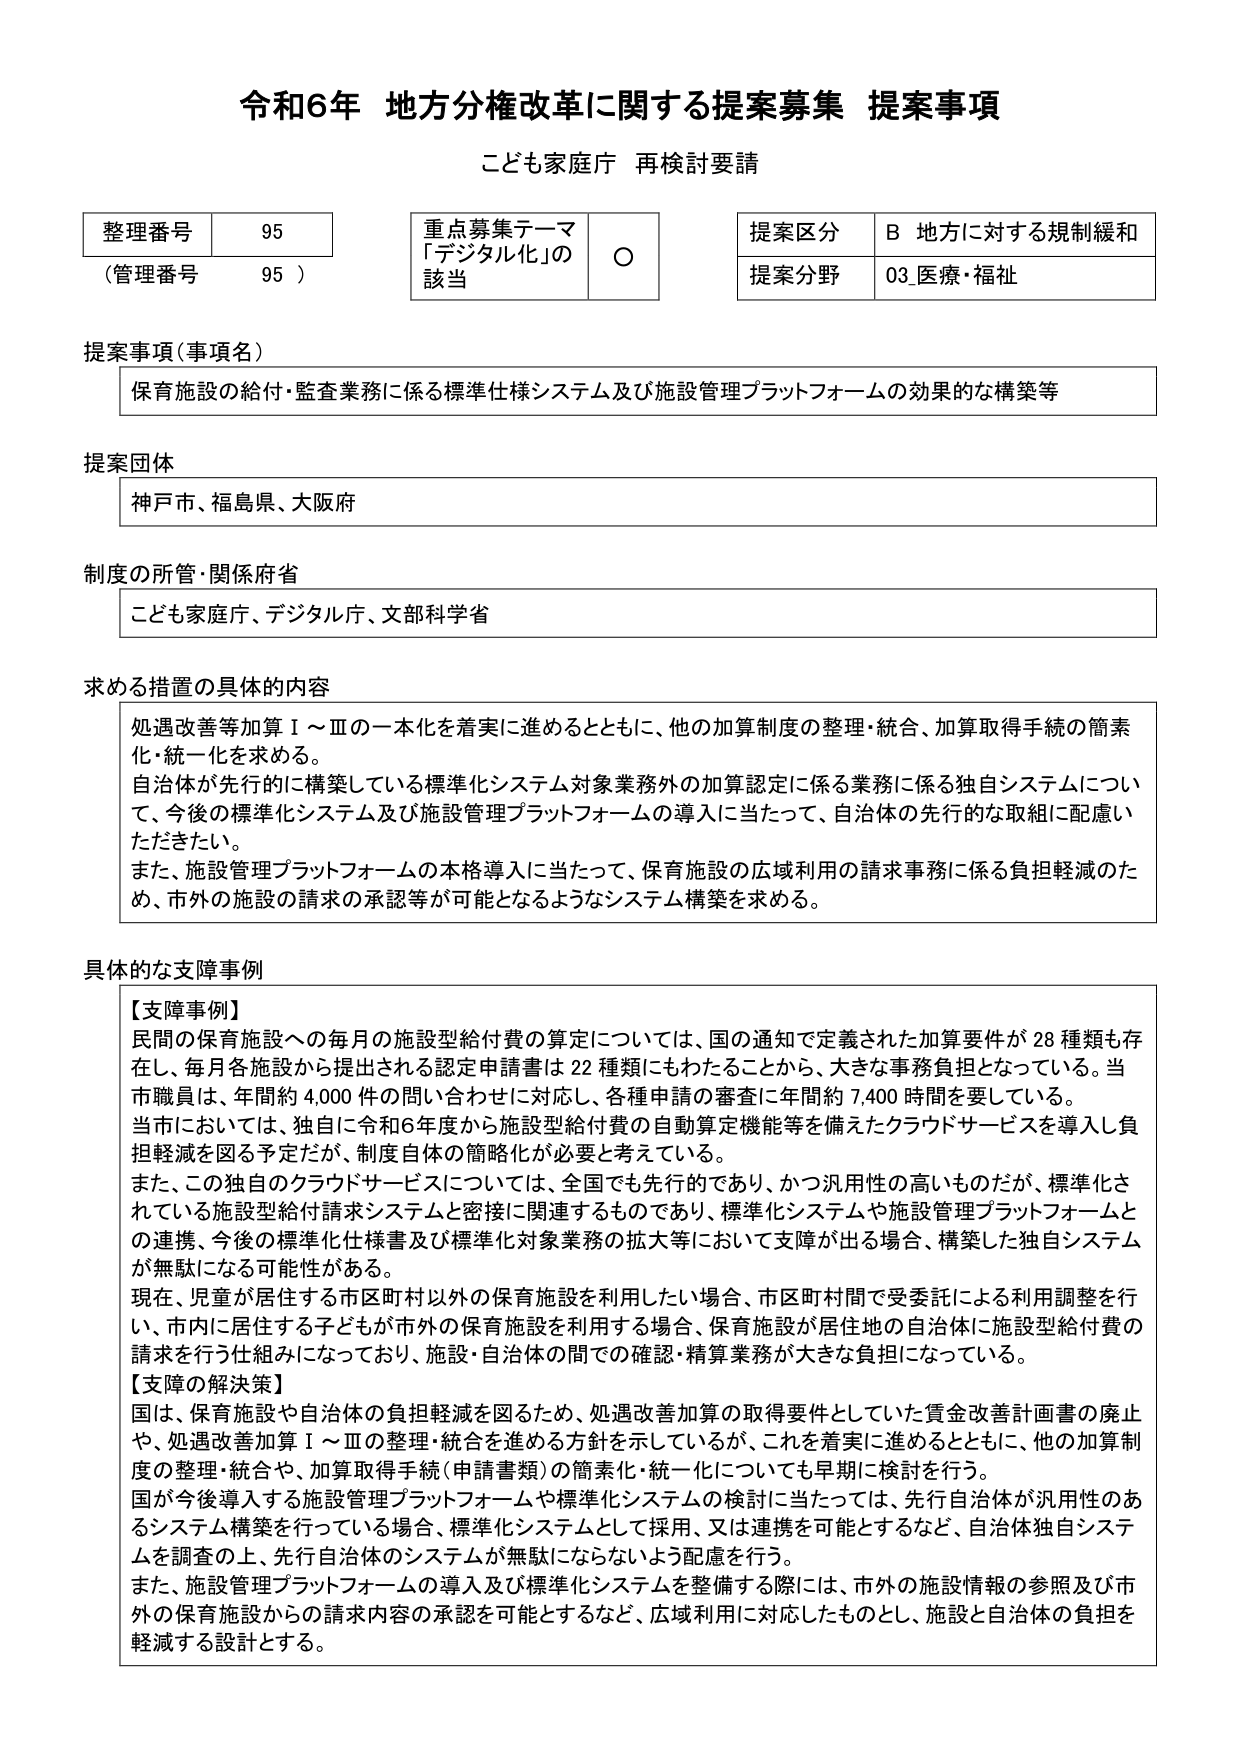
令和6年 地方分権改革に関する提案募集 提案事項
こども家庭庁 再検討要請

整理番号 95
（管理番号 95）

重点募集テーマ
「デジタル化」の
該当 ○

提案区分 B 地方に対する規制緩和
提案分野 03 医療・福祉

提案事項（事項名）
保育施設の給付・監査業務に係る標準仕様システム及び施設管理プラットフォームの効果的な構築等

提案団体
神戸市、福島県、大阪府

制度の所管・関係府省
こども家庭庁、デジタル庁、文部科学省

求める措置の具体的内容
処遇改善等加算Ⅰ～Ⅲの一本化を着実に進めるとともに、他の加算制度の整理・統合、加算取得手続の簡素化・統一化を求める。
自治体が先行的に構築している標準化システム対象業務外の加算認定に係る業務に係る独自システムについて、今後の標準化システム及び施設管理プラットフォームの導入に当たって、自治体の先行的な取組に配慮いただきたい。
また、施設管理プラットフォームの本格導入に当たって、保育施設の広域利用の請求事務に係る負担軽減のため、市外の施設の請求の承認等が可能となるようなシステム構築を求める。

具体的な支障事例
【支障事例】
民間の保育施設への毎月の施設型給付費の算定については、国の通知で定義された加算要件が28種類も存在し、毎月各施設から提出される認定申請書は22種類にもわたることから、大きな事務負担となっている。当市職員は、年間約4,000件の問い合わせに対応し、各種申請の審査に年間約7,400時間を要している。
当市においては、独自に令和6年度から施設型給付費の自動算定機能等を備えたクラウドサービスを導入し負担軽減を図る予定だが、制度自体の簡略化が必要と考えている。
また、この独自のクラウドサービスについては、全国でも先行的であり、かつ汎用性の高いものだが、標準化されている施設型給付請求システムと密接に関連するものであり、標準化システムや施設管理プラットフォームとの連携、今後の標準化仕様書及び標準化対象業務の拡大等において支障が出る場合、構築した独自システムが無駄になる可能性がある。
現在、児童が居住する市区町村以外の保育施設を利用したい場合、市区町村間で受委託による利用調整を行い、市内に居住する子どもが市外の保育施設を利用する場合、保育施設が居住地の自治体に施設型給付費の請求を行う仕組みになっており、施設・自治体の間での確認・精算業務が大きな負担になっている。
【支障の解決策】
国は、保育施設や自治体の負担軽減を図るため、処遇改善加算の取得要件としていた賃金改善計画書の廃止や、処遇改善加算Ⅰ～Ⅲの整理・統合を進める方針を示しているが、これを着実に進めるとともに、他の加算制度の整理・統合や、加算取得手続（申請書類）の簡素化・統一化についても早期に検討を行う。
国が今後導入する施設管理プラットフォームや標準化システムの検討に当たっては、先行自治体が汎用性のあるシステム構築を行っている場合、標準化システムとして採用、又は連携を可能とするなど、自治体独自システムを調査の上、先行自治体のシステムが無駄にならないよう配慮を行う。
また、施設管理プラットフォームの導入及び標準化システムを整備する際には、市外の施設情報の参照及び市外の保育施設からの請求内容の承認を可能とするなど、広域利用に対応したものとし、施設と自治体の負担を軽減する設計とする。